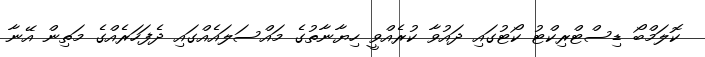
ކޮލަމްބޯ ޑިސްޓްރިކްޓު ކޯޓުގައި ދައުވާ ކުރެއްވީ ހިޔާނާތުގެ މައްސަލައެއްގައި ދެފަހަރެއްގެ މަތިން އޭނާ